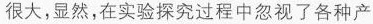
差很大，显然，在实验探究过程中忽视了各种产